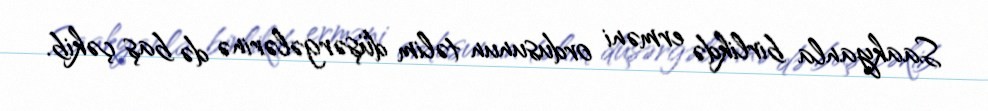
Saakyanla birlikdə erməni ordusunun təlim düşərgələrinə də baş çəkib.